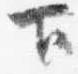
下